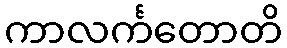
ကာလင်္ကတောတိ